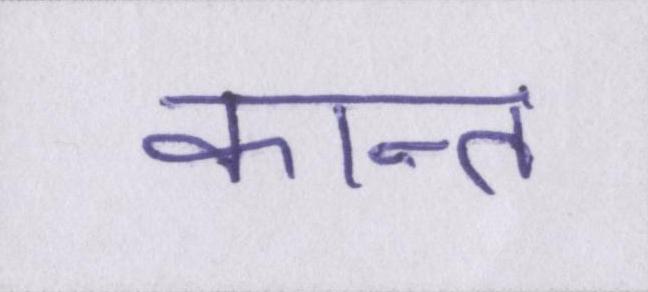
कान्त